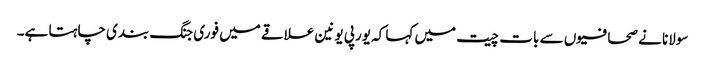
سولانا نے صحافیوں سے بات چیت میں کہا کہ یورپی یونین علاقے میں فوری جنگ بندی چاہتا ہے۔